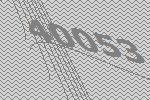
40053